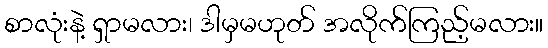
စာလုံးနဲ့ ရှာမလား၊ ဒါမှမဟုတ် အလိုက်ကြည့်မလား။